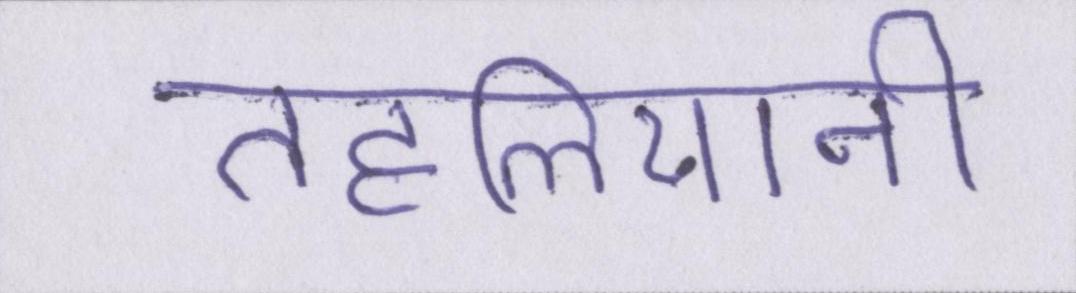
तहलियानी